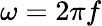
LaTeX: \omega=2\pi f